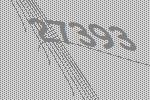
27393